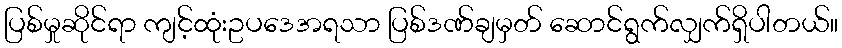
ပြစ်မှုဆိုင်ရာ ကျင့်ထုံးဥပဒေအရသာ ပြစ်ဒဏ်ချမှတ် ဆောင်ရွက်လျှက်ရှိပါတယ်။